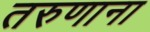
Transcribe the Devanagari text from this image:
तरुणाना